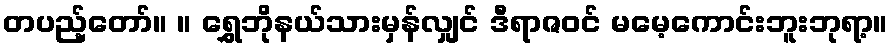
တပည့်တော်။ ။ ရွှေဘိုနယ်သားမှန်လျှင် ဒီရာဇဝင် မမေ့ကောင်းဘူးဘုရာ့။